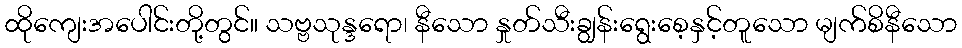
ထိုကျေးအပေါင်းတို့တွင်။ သဗ္ဗသုန္ဒရော၊ နီသော နှုတ်သီးချွန်းရွေးစေ့နှင့်တူသော မျက်စိနီသော